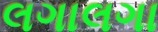
લગાલગા